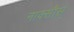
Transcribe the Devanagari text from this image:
नाक्सौस्